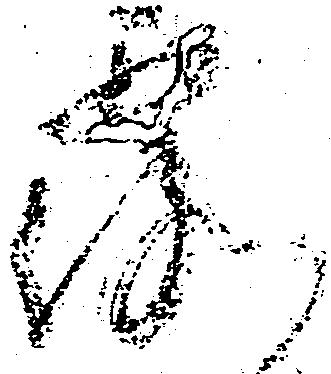
露